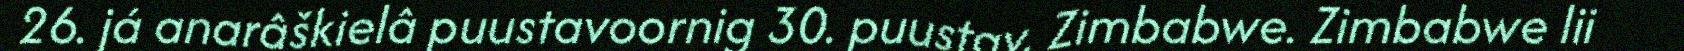
26. já anarâškielâ puustavoornig 30. puustav. Zimbabwe. Zimbabwe lii